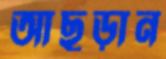
আছড়ান